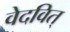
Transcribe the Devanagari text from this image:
वेदवित्